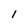
Character: I